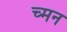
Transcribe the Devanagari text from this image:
च्मन